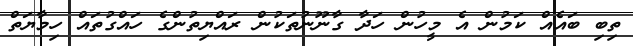
ތިބި ބައެއް ކަމުން އެ މީހުން ހަދާ ގާނޫނުތަކުން ރައްޔިތުންގެ ހައްގުތައް ހިމާޔަތް